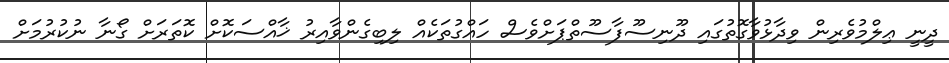
ދީނީ ޢިލްމުވެރިން ވިދާޅުވާގޮތުގައި ދޫނިސޫފާސޫތްޕަށްވެސް ހައްގުތަކެއް ލިބިގެންވާއިރު ޚާއްސަކޮށް ކޮތަރަށް ގޯނާ ނުކުރުމަށް